Scientific memoirs by medical officers of the Army of India - Part III,
Year: 1887
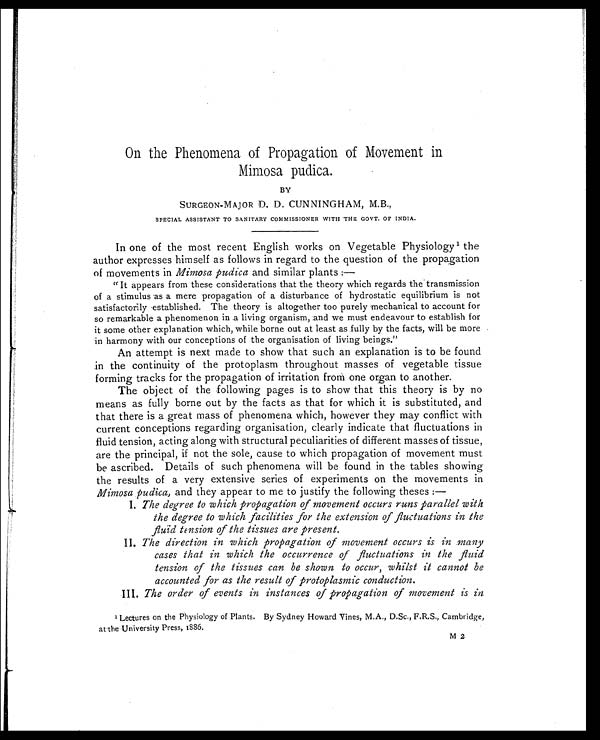
On the Phenomena of Propagation of Movement in
Mimosa pudica.
BY
SURGEON-MAJOR D. D. CUNNINGHAM, M.B.,
SPECIAL ASSISTANT TO SANITARY COMMISSIONER WITH THE GOVT. OF INDIA.
In one of the most recent English works on Vegetable Physiology 1 the
author expresses himself as follows in regard to the question of the propagation
of movements in Mimosa pudica and similar plants :—
"It appears from these considerations that the theory which regards the transmission
of a stimulus as a mere propagation of a disturbance of hydrostatic equilibrium is not
satisfactorily established. The theory is altogether too purely mechanical to account for
so remarkable a phenomenon in a living organism, and we must endeavour to establish for
it some other explanation which, while borne out at least as fully by the facts, will be more
in harmony with our conceptions of the organisation of living beings."
An attempt is next made to show that such an explanation is to be found
in the continuity of the protoplasm throughout masses of vegetable tissue
forming tracks for the propagation of irritation from one organ to another.
The object of the following pages is to show that this theory is by no
means as fully borne out by the facts as that for which it is substituted, and
that there is a great mass of phenomena which, however they may conflict with
current conceptions regarding organisation, clearly indicate that fluctuations in
fluid tension, acting along with structural peculiarities of different masses of tissue,
are the principal, if not the sole, cause to which propagation of movement must
be ascribed. Details of such phenomena will be found in the tables showing
the results of a very extensive series of experiments on the movements in
Mimosa pudica, and they appear to me to justify the following theses :—
I. The degree to which propagation of movement occurs runs parallel with
the degree to which facilities for the extension of fluctuations in the
fluid tension of the tissues are present.
II.
The direction in which propagation of movement occurs is in many
cases that in which the occurrence of fluctuations in the fluid
tension of the tissues can be shown to occur, whilst it cannot be
accounted for as the result of protoplasmic conduction.
III.
The order of events in instances of propagation of movement is in
1 Lectures on the Physiology of Plants. By Sydney Howard Vines, M.A., D.Sc., F.R.S., Cambridge,
at the University Press, 1886.
M 2